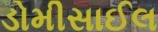
ડોમીસાઈલ